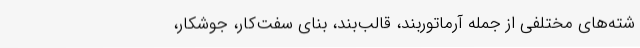
شته‌های مختلفی از جمله آرماتوربند، قالب‌بند، بنای سفت‌کار، جوشکار،